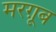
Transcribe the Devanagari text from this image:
मरग़ूब